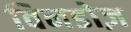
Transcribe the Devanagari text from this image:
विनडोज़